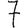
Digit: 7